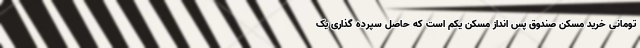
تومانی خرید مسکن صندوق پس انداز مسکن یکم است که حاصل سپرده گذاری یک